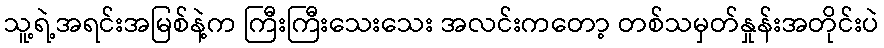
သူ့ရဲ့အရင်းအမြစ်နဲ့က ကြီးကြီးသေးသေး အလင်းကတော့ တစ်သမှတ်နှုန်းအတိုင်းပဲ